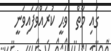
ގައި މާތް  ވަޙީ ކުރައްވަފައިވަނީ